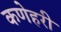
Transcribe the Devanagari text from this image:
कणेहरी